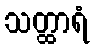
သတ္ထာရံ